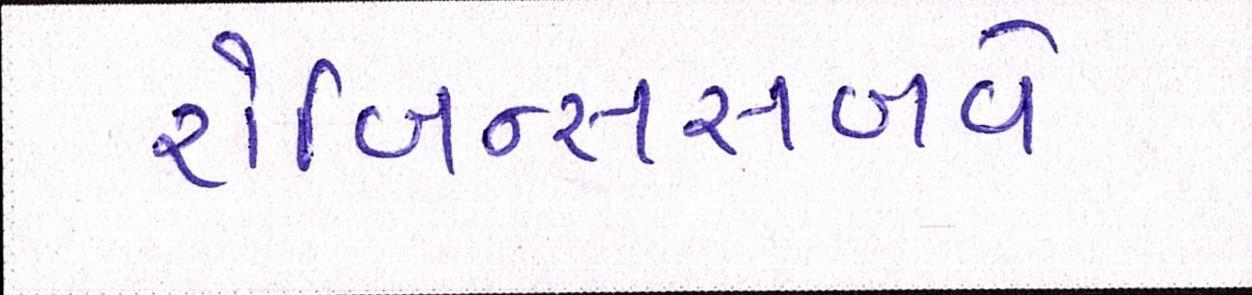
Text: રોબિન્સસબવે